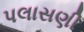
પલાસણી